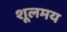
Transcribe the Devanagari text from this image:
शूलमय